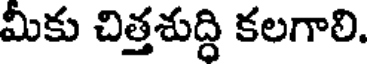
మీకు చిత్తశుద్ధి కలగాలి.